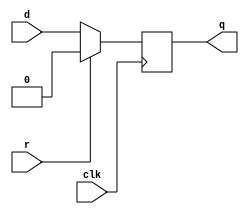
module top_module (
    input      clk,
    input      d,
    input      r,    // synchronous reset
    output reg q
);

    always @(posedge clk) begin
        if (r == 1'b1) begin
            q <= 1'b0;
        end else begin
            q <= d;
        end
    end
endmodule